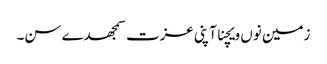
زمین نوں ویچنا آپنی عزت سمجھدے سن۔